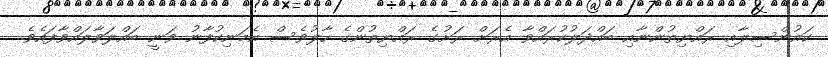
ކައުންސިލާއި ރައްޔިތުންނާއި ބައްދަލުކުރައްވާ އެރަށް ރަށުގެ ރައްޔިތުންގެ ހާލުވެސް އެމަނިކުފާނު ވަނީ ބައްލަވާލައްވާފައެވެ.